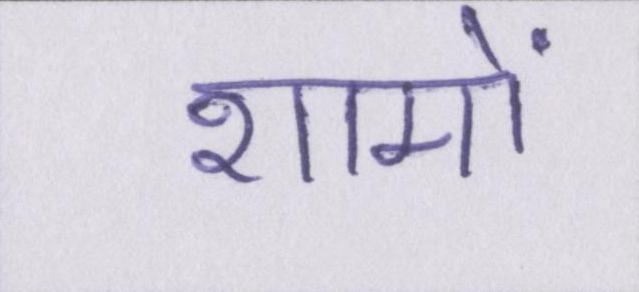
शामों